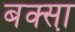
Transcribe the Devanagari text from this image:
बक्सा़